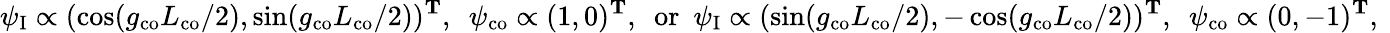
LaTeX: \psi_{\mathrm{I}}\propto(\cos(g_{\mathrm{co}}L_{\mathrm{co}}/2),\sin(g_{\mathrm{co}}L_{\mathrm{co}}/2))^{\mathbf{T}},\ \ \psi_{\mathrm{co}}\propto(1,0)^{\mathbf{T}},\ \ \mathrm{or}\ \ \psi_{\mathrm{I}}\propto(\sin(g_{\mathrm{co}}L_{\mathrm{co}}/2),-\cos(g_{\mathrm{co}}L_{\mathrm{co}}/2))^{\mathbf{T}},\ \ \psi_{\mathrm{co}}\propto(0,-1)^{\mathbf{T}},\